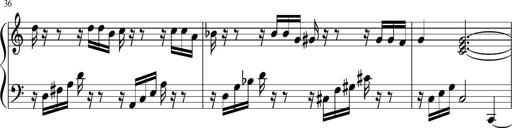
Title: Sonatina di Santa Gemma, JKB 12
Composer: Jason Baruk
Key: F major